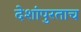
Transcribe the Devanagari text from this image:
देशांपुरताच